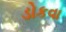
ડોકવા